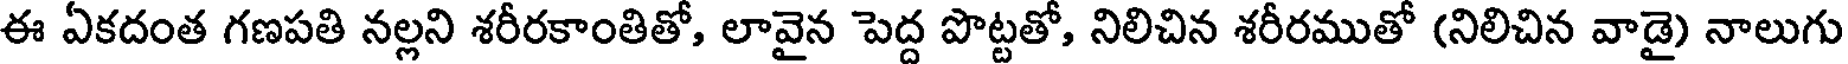
ఈ ఏకదంత గణపతి నల్లని శరీరకాంతితో, లావైన పెద్ద పొట్టతో, నిలిచిన శరీరముతో (నిలిచిన వాడై) నాలుగు